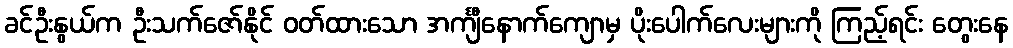
ခင်ဦးနွယ်က ဦးသက်ဇော်နိုင် ဝတ်ထားသော အင်္ကျီနောက်ကျောမှ ပိုးပေါက်လေးများကို ကြည့်ရင်း တွေးနေ